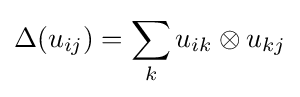
\Delta (u_{ij})=\sum _{k}u_{ik}\otimes u_{kj}